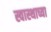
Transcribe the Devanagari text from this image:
स्वास्थाच्या